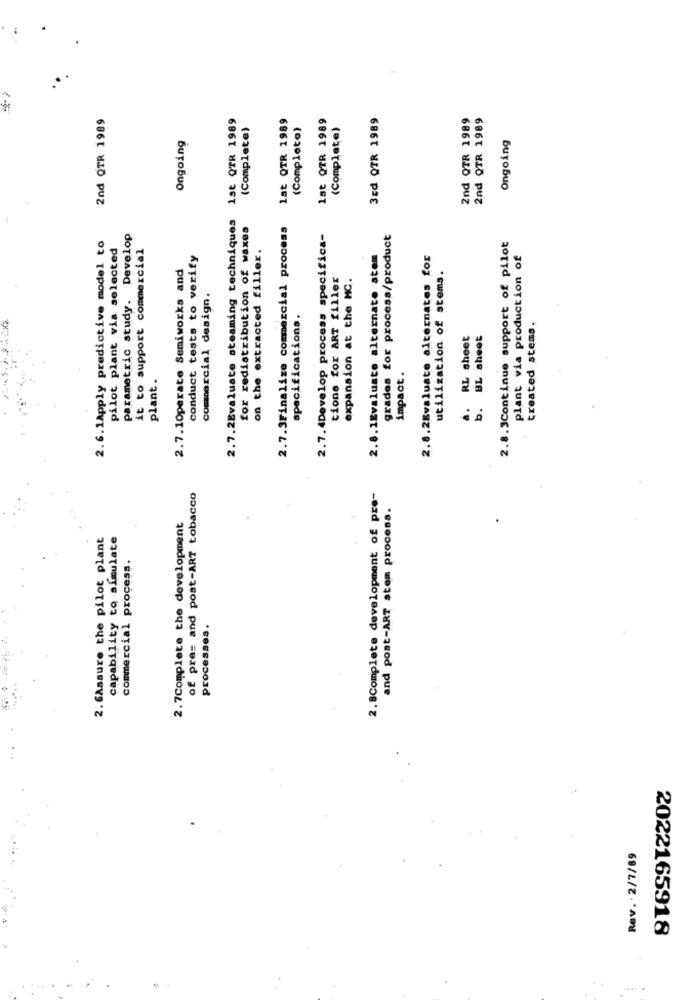
2nd OTR 1989
1st QTR 1989
lat QTR 1989
1st QTR 1989
3Ed OTR 1989
2nd QTR 1989
2nd QTR 1989
(Complete)
(Completo)
(Complete)
Ongoing
Ongoing
2.7.2Evaluate steaming techniques
for redistribution of waxes
2.7.3Finalize commercial process
parametric study. Develop
2.7.4Develop process specifica-
grades for process/product
2.6.1Apply predictive model to
pilot plant via selected
it to support commercial
2.8.3Continue support of pilot
conduct tests to verify
on the extracted filler.
2.8.1Evaluate alternate atem
2.8.2Evaluate alternates for
plant via production of
2.7.10perate Semiworks and
tions for ART filler
expansion at the HC.
utilization of stems.
commercial design.
specifications,
treated stems.
RL sheet
b. BL sheet
impact.
plant.
of pra= and post-ART tobacco
2. BComplete development of pre-
and post-ART stom process.
2.7Complete the development
2. 6Assure the pilot plant
capability to simulate
commercial process.
processes.
Rev. . 2/7/89
2022165918